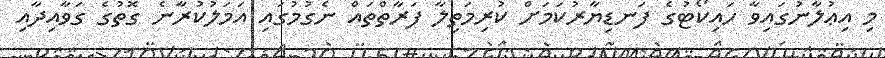
މި އިޢުލާނުގައިވާ ހައިކޯޓުގެ ފަނޑިޔާރުކަމަށް ކުރިމަތިލާ ފަރާތްތައް ނެގުމުގައި އަމަލުކުރާނެ ގޮތުގެ ގަވާއިދާއި